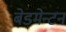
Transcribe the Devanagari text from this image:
बेडमेन्टन